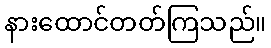
နားထောင်တတ်ကြသည်။